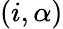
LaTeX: (i,\alpha)